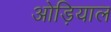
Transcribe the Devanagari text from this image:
ओड़ियाल